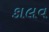
કાલવ